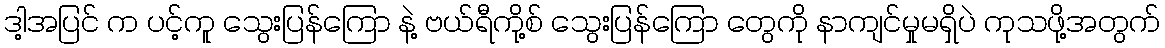
ဒါ့အပြင် က ပင့်ကူ သွေးပြန်ကြော နဲ့ ဗယ်ရီကို့စ် သွေးပြန်ကြော တွေကို နာကျင်မှုမရှိပဲ ကုသဖို့အတွက်